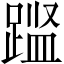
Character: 𨃎